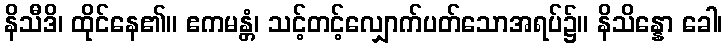
နိသီဒိ၊ ထိုင်နေ၏။ ဧကမန္တံ၊ သင့်တင့်လျှောက်ပတ်သောအရပ်၌။ နိသိန္နော ခေါ၊